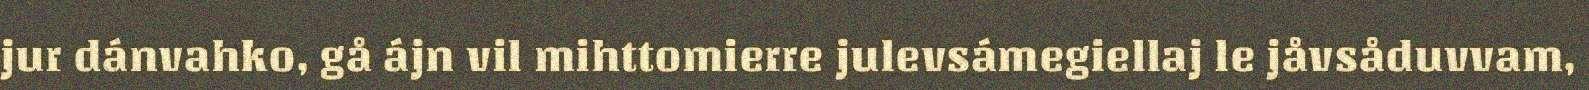
jur dánvahko, gå ájn vil mihttomierre julevsámegiellaj le jåvsåduvvam,